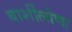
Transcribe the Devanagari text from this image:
बार्शीलोणा